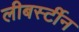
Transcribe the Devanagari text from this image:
लीबर्स्टीन